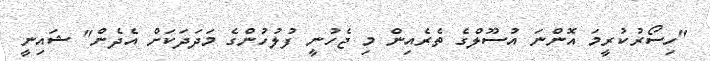
"ހިސޯރުކުރީމަ އޮންނަ އުސޫލްގެ ތެރެއިން މި ޖެހުނީ ފުލުހުންގެ މަދަދަކަށް އެދެން" ޝައިނީ